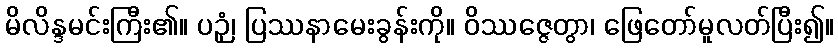
မိလိန္ဒမင်းကြီး၏။ ပဉှံ၊ ပြဿနာမေးခွန်းကို။ ဝိဿဇ္ဇေတွာ၊ ဖြေတော်မူလတ်ပြီး၍။